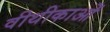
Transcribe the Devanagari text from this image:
वीथीकाओं